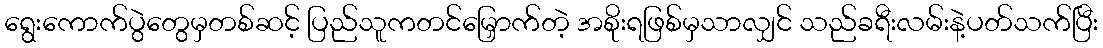
ရွေးကောက်ပွဲတွေမှတစ်ဆင့် ပြည်သူကတင်မြှောက်တဲ့ အစိုးရဖြစ်မှသာလျှင် သည်ခရီးလမ်းနဲ့ပတ်သက်ပြီး